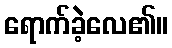
ရောက်ခဲ့လေ၏။